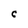
Character: C